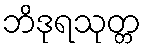
ဘိဒုရသုတ္တ